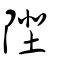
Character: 𨻼